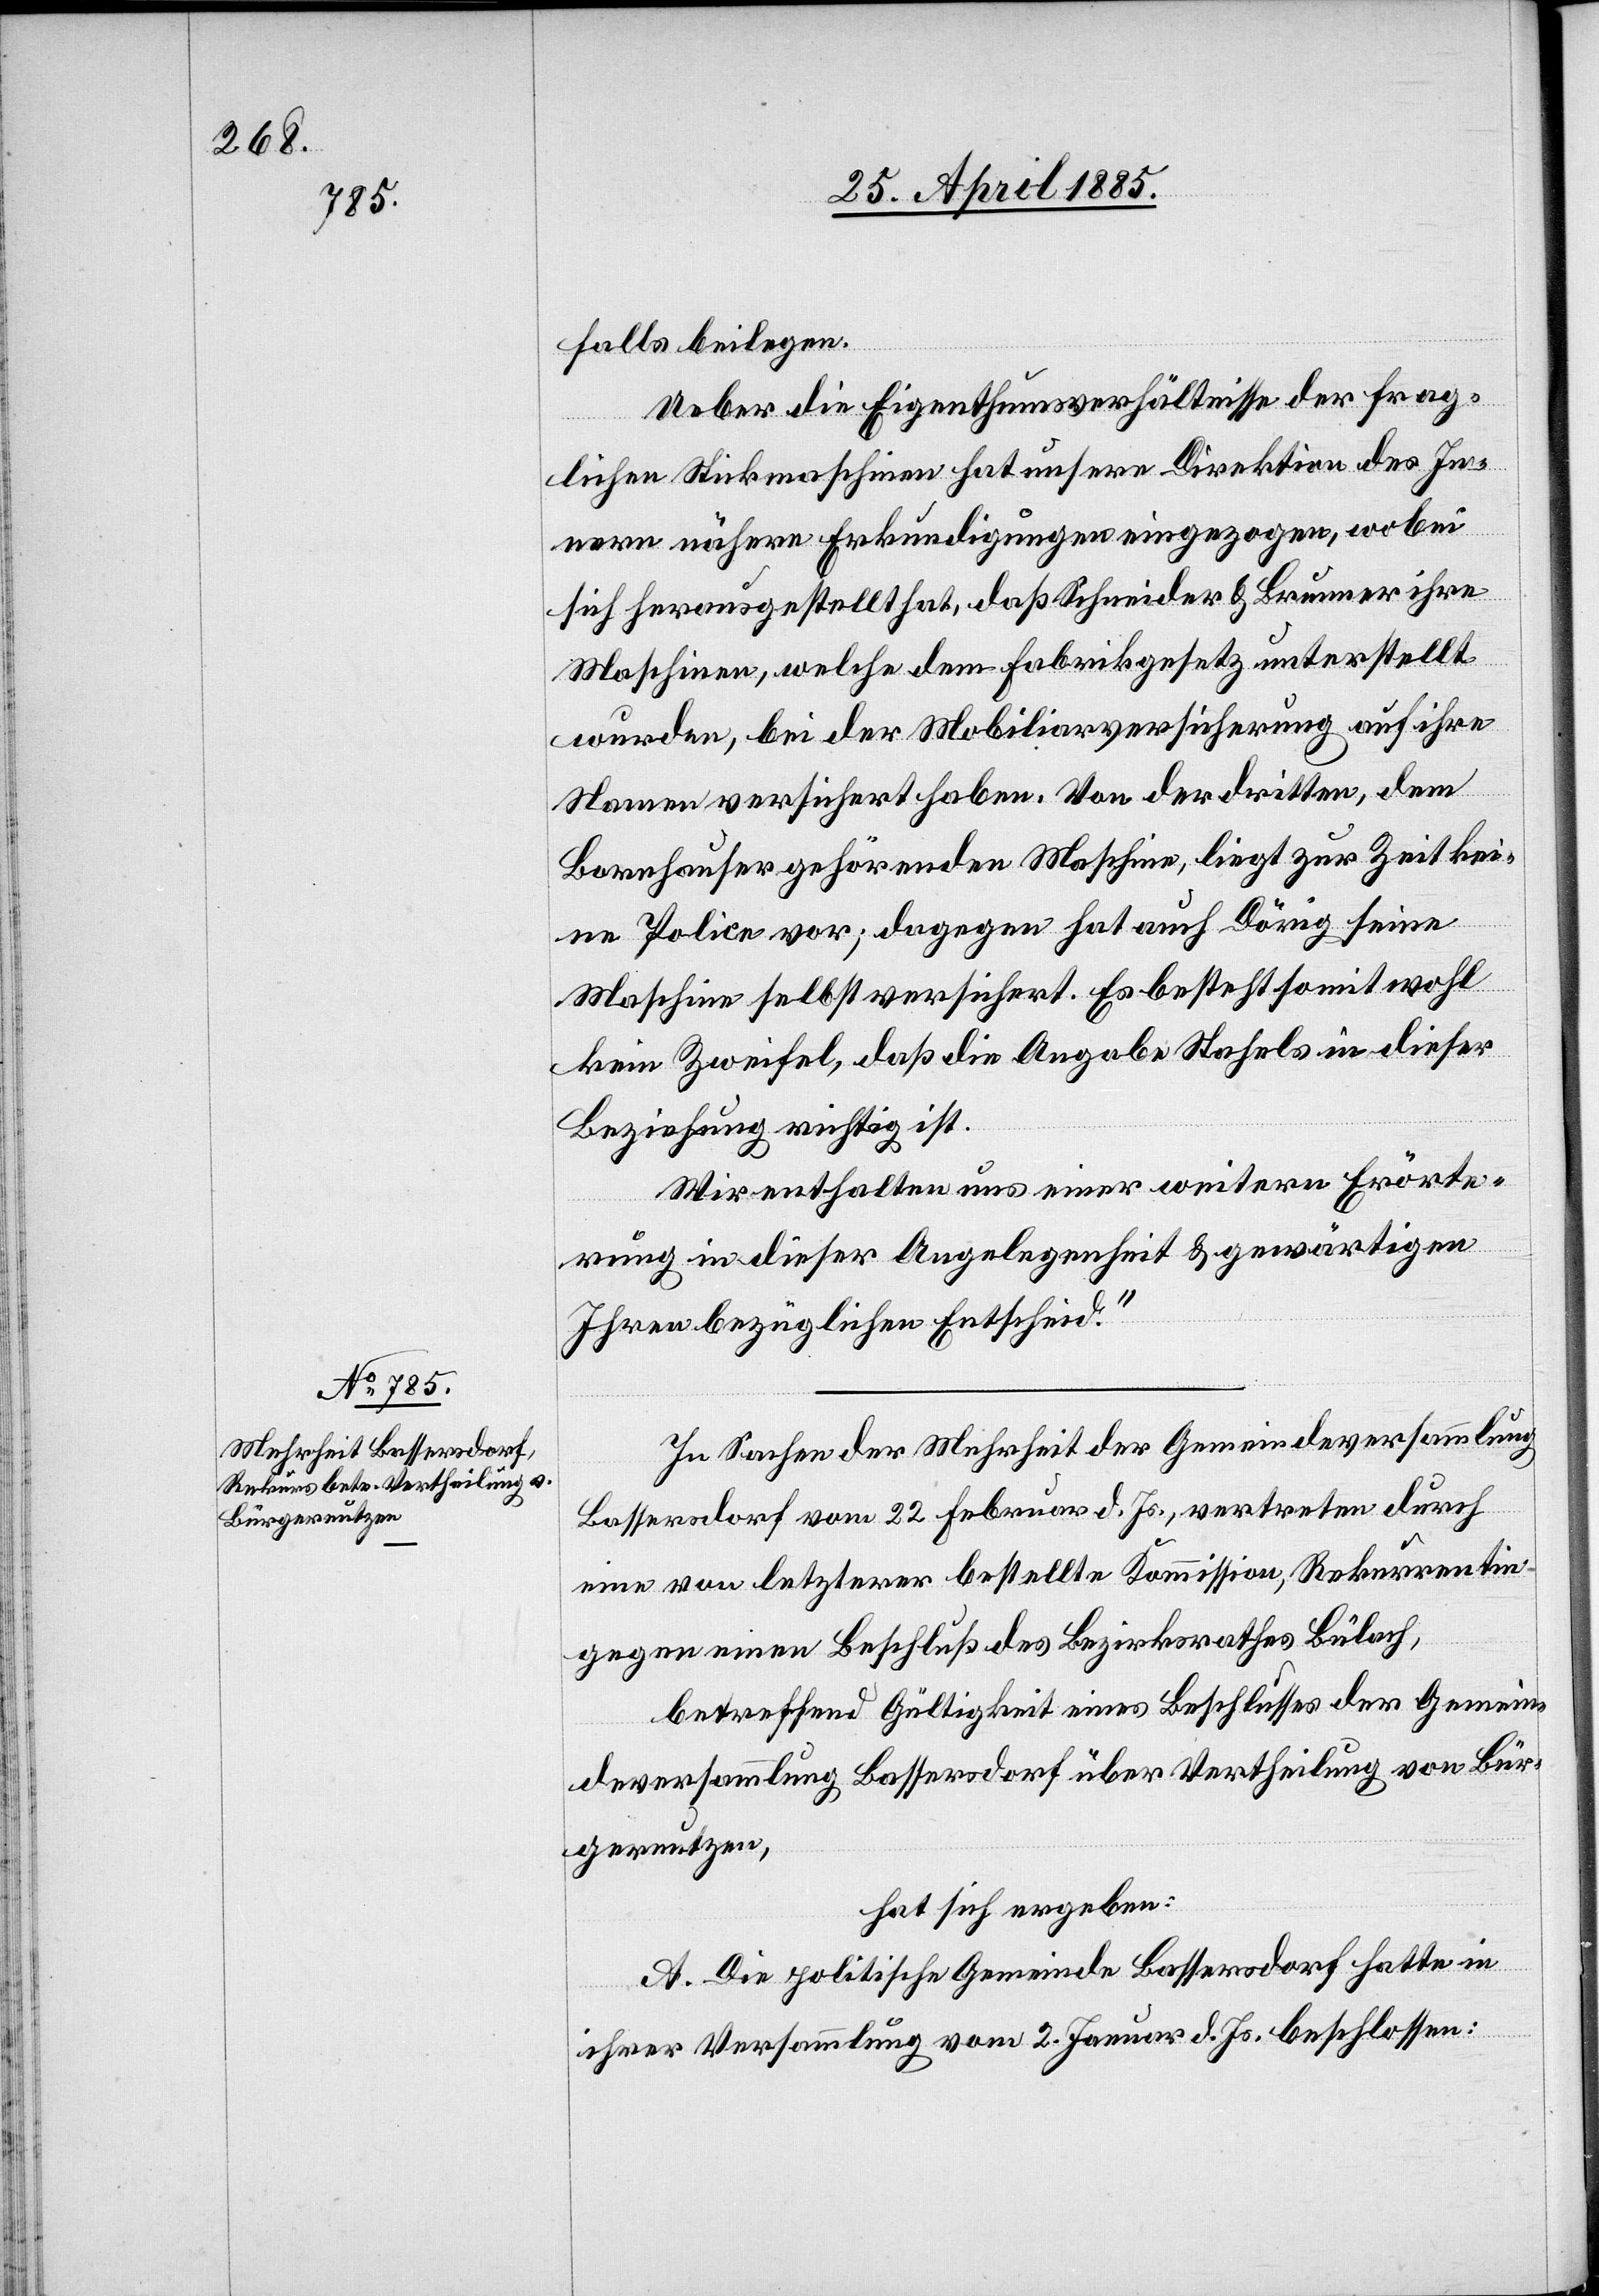
falls beilegen.
Ueber die Eigenthumsverhältnisse der frag¬
lichen Stickmaschinen hat unsere Direktion des In¬
nern nähere Erkundigungen eingezogen, wobei
sich herausgestellt hat, daß Schneider & Brunner ihre
Maschinen, welche dem Fabrikgesetz unterstellt
wurden, bei der Mobiliarversicherung auf ihre
Namen versichert haben. Von der dritten, dem
Bornhauser gehörenden Maschine, liegt zur Zeit kei¬
ne Police vor; dagegen hat auch Dörig seine
Maschine selbst versichert. Es besteht somit wohl
kein Zweifel, daß die Angabe Stahels in dieser
Beziehung richtig ist.
Wir enthalten uns einer weitern Erörte¬
rung in dieser Angelegenheit & gewärtigen
Ihren bezüglichen Entscheid.“
In Sachen der Mehrheit der Gemeindeversammlung
Bassersdorf vom 22. Februar d. Js., vertreten durch
eine von letzterer bestellte Kommission, Rekurrentin
gegen einen Beschluß des Bezirksrathes Bülach,
betreffend Gültigkeit eines Beschlusses der Gemein¬
deversammlung Bassersdorf über Vertheilung von Bür¬
gernutzen,
hat sich ergeben:
A. Die politische Gemeinde Bassersdorf hatte in
ihrer Versammlung vom 2. Januar d. Js. beschlossen: